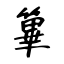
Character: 篳